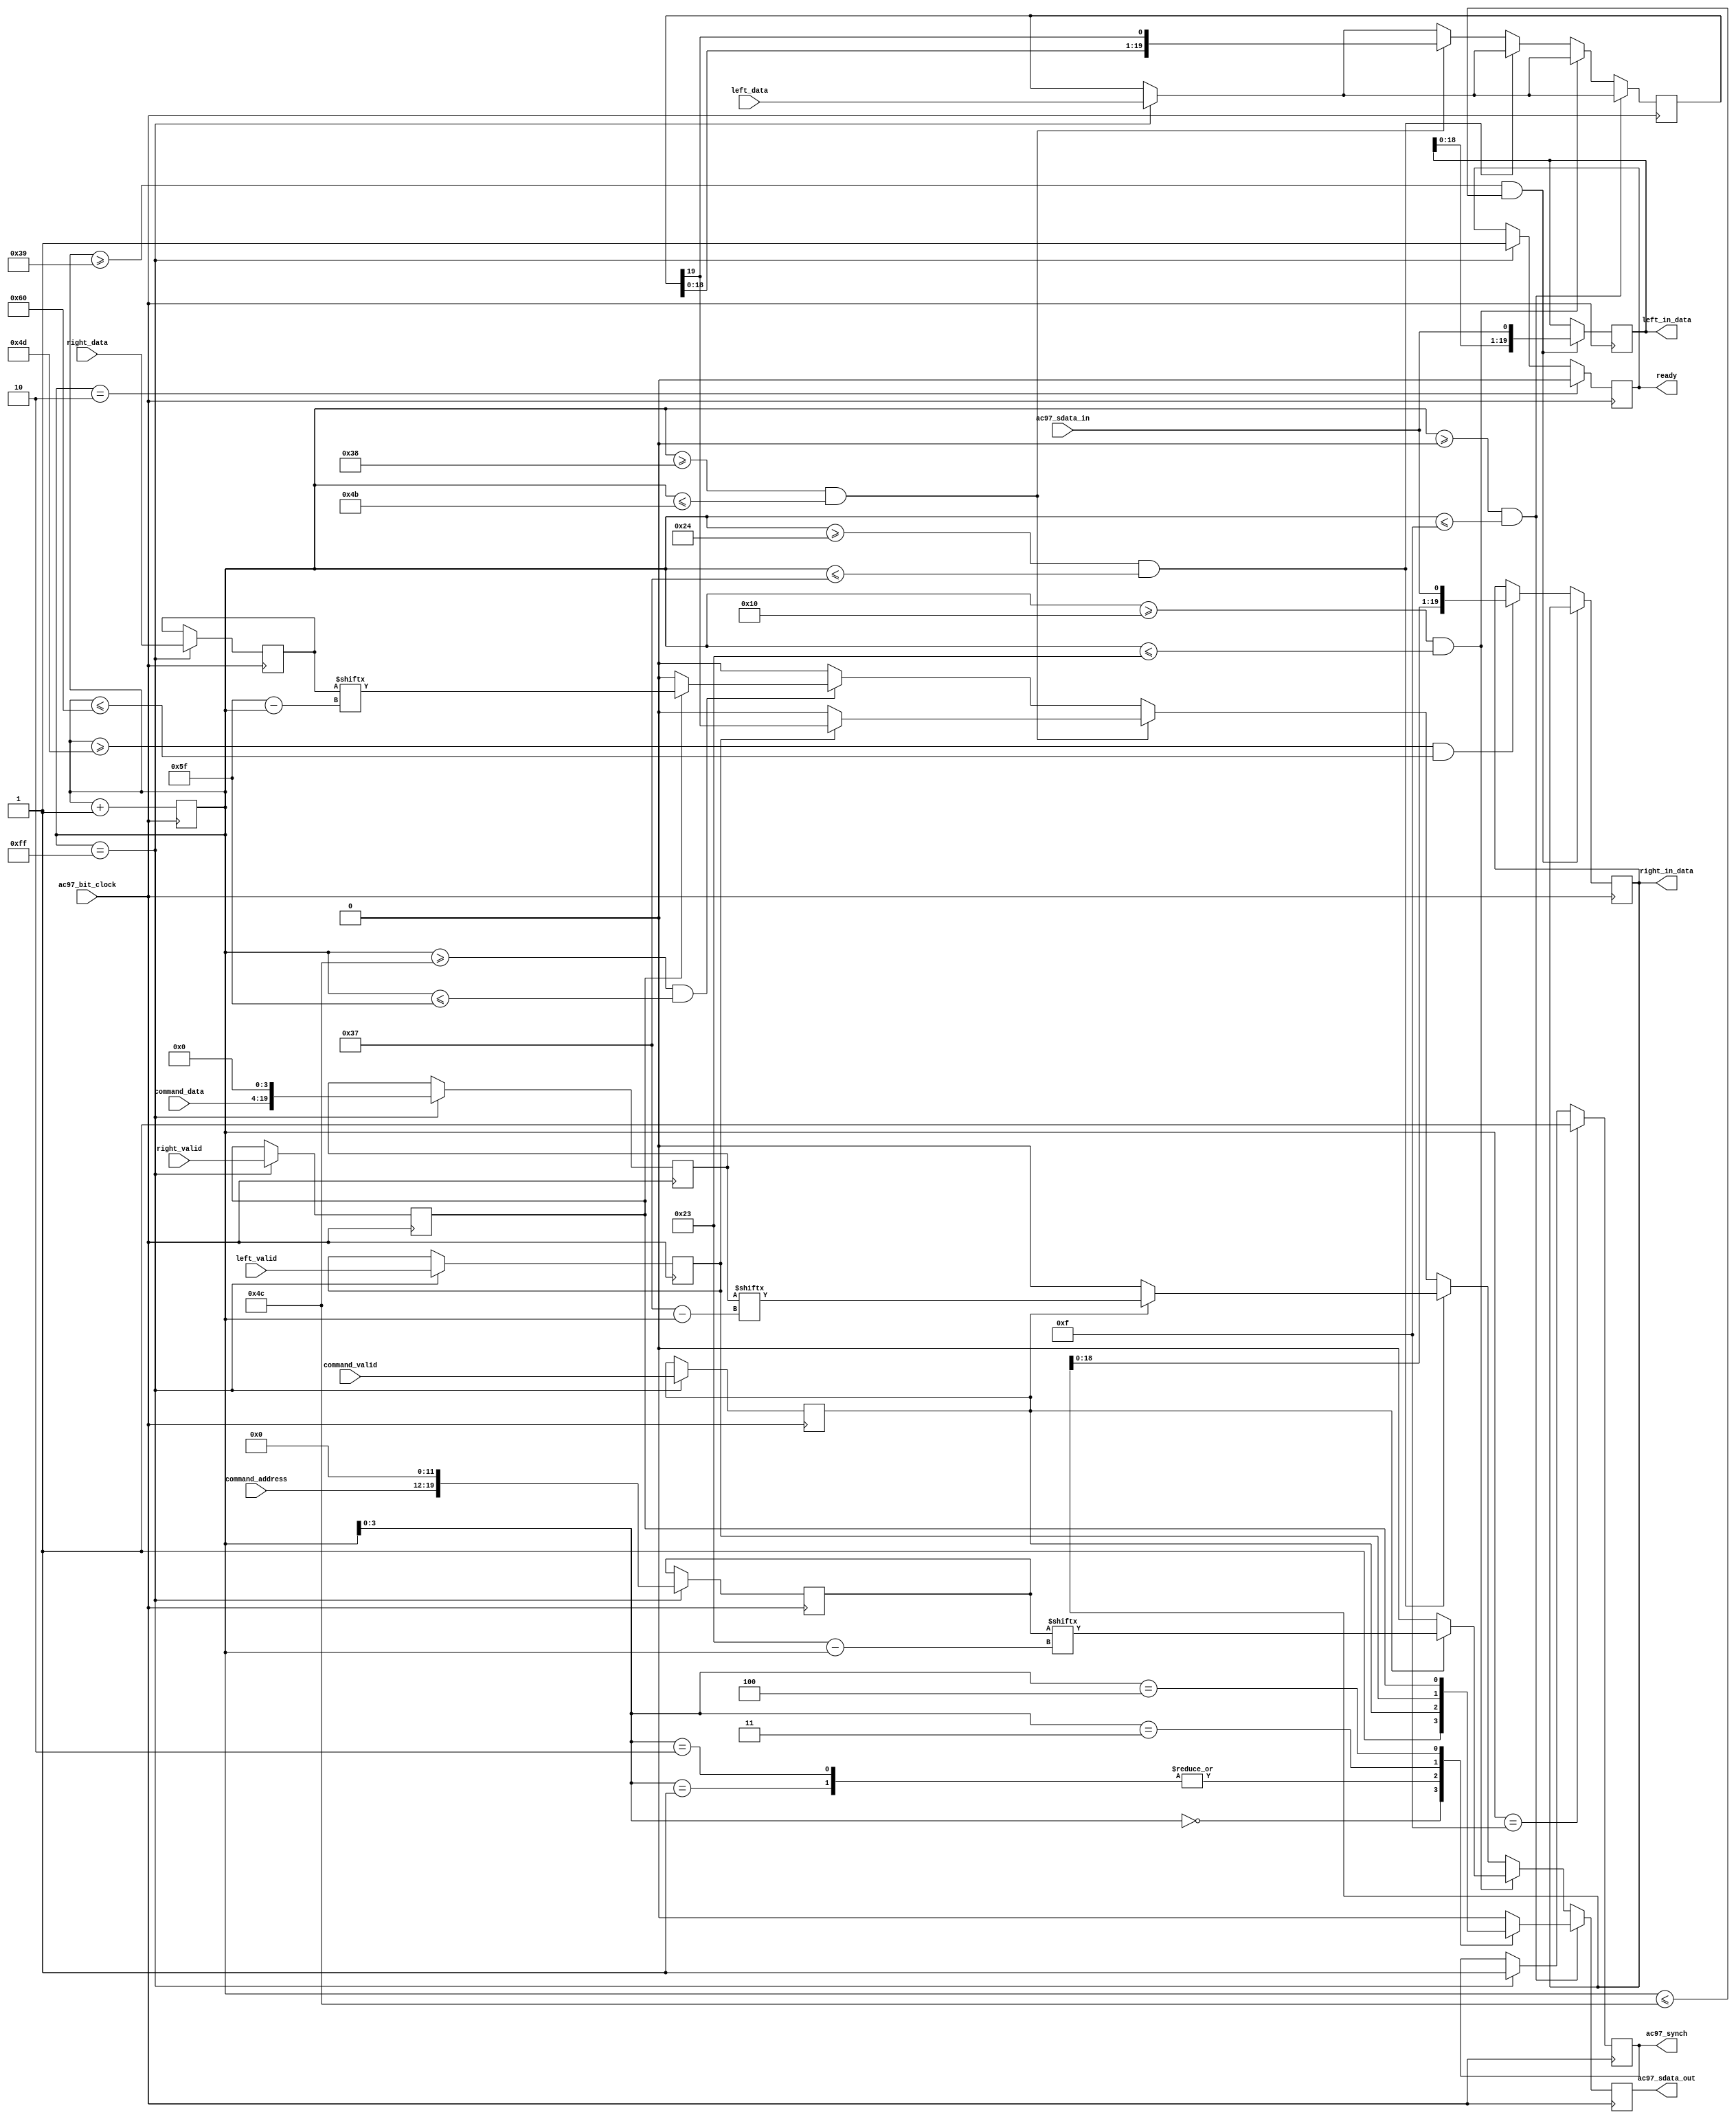
`timescale 1ns / 1ps
//////////////////////////////////////////////////////////////////////////////////
// Company: 
// Engineer: 
// 
// Design Name: 
// Module Name:    ac97 
// Project Name: 
// Target Devices: 
// Tool versions: 
// Description: 
//
// Dependencies: 
//
// Revision: 
// Revision 0.01 - File Created
// Additional Comments: 
//
//////////////////////////////////////////////////////////////////////////////////
//Cache Money Registers
module ac97 (ready,
             command_address, command_data, command_valid,
             left_data, left_valid,
             right_data, right_valid,
             left_in_data, right_in_data,
             ac97_sdata_out, ac97_sdata_in, ac97_synch, ac97_bit_clock);

   output ready;
   input [7:0] command_address;
   input [15:0] command_data;
   input command_valid;
   input [19:0] left_data, right_data;
   input left_valid, right_valid;
   output [19:0] left_in_data, right_in_data;

   input ac97_sdata_in;
   input ac97_bit_clock;
   output ac97_sdata_out;
   output ac97_synch;

   reg ready;

   reg ac97_sdata_out;
   reg ac97_synch;

   reg [7:0] bit_count;

   reg [19:0] l_cmd_addr;
   reg [19:0] l_cmd_data;
   reg [19:0] l_left_data, l_right_data;
   reg l_cmd_v, l_left_v, l_right_v;
   reg [19:0] left_in_data, right_in_data;

   initial begin
      ready <= 1'b0;
      // synthesis attribute init of ready is "0";
      ac97_sdata_out <= 1'b0;
      // synthesis attribute init of ac97_sdata_out is "0";
      ac97_synch <= 1'b0;
      // synthesis attribute init of ac97_synch is "0";

      bit_count <= 8'h00;
      // synthesis attribute init of bit_count is "0000";
      l_cmd_v <= 1'b0;
      // synthesis attribute init of l_cmd_v is "0";
      l_left_v <= 1'b0;
      // synthesis attribute init of l_left_v is "0";
      l_right_v <= 1'b0;
      // synthesis attribute init of l_right_v is "0";

      left_in_data <= 20'h00000;
      // synthesis attribute init of left_in_data is "00000";
      right_in_data <= 20'h00000;
      // synthesis attribute init of right_in_data is "00000";
   end

   always @(posedge ac97_bit_clock) begin
      // Generate the sync signal 
		if(bit_count == 255) begin
			ac97_synch <= 1'b1;
		end
		if(bit_count == 15) begin
			ac97_synch <= 1'b1;
		end
	
      // Generate the ready signal
      if (bit_count == 255) // this 255 bit count is end of frame changed to 1 GS 
        ready <= 1'b1;
      if (bit_count == 2) //should go low after first bit position 
        ready <= 1'b0;

      // Latch user data at the end of each frame. This ensures that the
      // first frame after reset will be empty.
      if (bit_count == 255) //each frame has 256 bits GS
        begin
           l_cmd_addr <= {command_address, 12'h000};
           l_cmd_data <= {command_data, 4'h0};
           l_cmd_v <= command_valid;
           l_left_data <= left_data;
           l_left_v <= left_valid;
           l_right_data <= right_data;
           l_right_v <= right_valid;
        end

      if ((bit_count >= 0) && (bit_count <= 15))
        // Slot 0: Tags
        case (bit_count[3:0])
          4'h0: ac97_sdata_out <= 1'b1;      // Frame valid GS 4'h0
          4'h1: ac97_sdata_out <= l_cmd_v;   // Command address valid 4'h1
          4'h2: ac97_sdata_out <= l_cmd_v;   // Command data valid 4'h2
          4'h3: ac97_sdata_out <= l_left_v;  // Left data valid 4'h3
		  4'h4: ac97_sdata_out <= l_right_v; // Right data valid 4'h4
          default: ac97_sdata_out <= 1'b0;
        endcase

      else if ((bit_count >= 16) && (bit_count <= 35)) //slot 1 is 20 bits, bits 16 - 35 GS
        // Slot 1: Command address (8-bits, left justified)
        ac97_sdata_out <= l_cmd_v ? l_cmd_addr[35-bit_count] : 1'b0; //GS 35 minus bit_count

      else if ((bit_count >= 36) && (bit_count <= 55)) //20 bits for slot 2, bits 36 - 55 GS
        // Slot 2: Command data (16-bits, left justified)
        ac97_sdata_out <= l_cmd_v ? l_cmd_data[55-bit_count] : 1'b0; //GS 55 minus bit_count

      else if ((bit_count >= 56) && (bit_count <= 75)) //56 through 75 is 20 bits GS
        begin
           // Slot 3: Left channel
           ac97_sdata_out <= l_left_v ? l_left_data[19] : 1'b0;
           l_left_data <= { l_left_data[18:0], l_left_data[19] };
        end
      else if ((bit_count >= 76) && (bit_count <= 95))
        // Slot 4: Right channel
           ac97_sdata_out <= l_right_v ? l_right_data[95-bit_count] : 1'b0; //95 marks the end of this slot, 95 minus bit_count 
      else
        ac97_sdata_out <= 1'b0;

      bit_count <= bit_count+1;

   end // always @ (posedge ac97_bit_clock)

   always @(negedge ac97_bit_clock) begin
      if ((bit_count >= 57) && (bit_count <= 76)) //57 
        // Slot 3: Left channel
        left_in_data <= {left_in_data[18:0], ac97_sdata_in};
      else if ((bit_count >= 77) && (bit_count <= 96))
        // Slot 4: Right channel
        right_in_data <= {right_in_data[18:0], ac97_sdata_in}; //GS
   end

endmodule